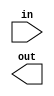
// A "population count" circuit counts the number of '1's in an input vector. 
// Build a population count circuit for a 255-bit input vector.

// Hint: So many things to add... How about a for loop?

module top_module( 
    input [254:0] in,
    output [7:0] out );
    // Insert your code here
endmodule